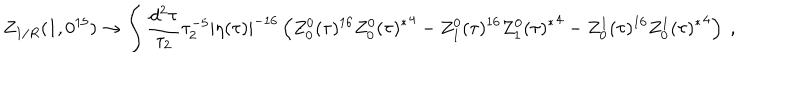
Z _ { 1 / R } ( 1 , 0 ^ { 1 5 } ) \to \int \frac { d ^ { 2 } \tau } { \tau _ { 2 } } \tau _ { 2 } ^ { - 5 } | \eta ( \tau ) | ^ { - 1 6 } \left( Z _ { 0 } ^ { 0 } ( \tau ) ^ { 1 6 } { Z _ { 0 } ^ { 0 } ( \tau ) ^ { * } } ^ { 4 } - Z _ { 1 } ^ { 0 } ( \tau ) ^ { 1 6 } { Z _ { 1 } ^ { 0 } ( \tau ) ^ { * } } ^ { 4 } - Z _ { 0 } ^ { 1 } ( \tau ) ^ { 1 6 } { Z _ { 0 } ^ { 1 } ( \tau ) ^ { * } } ^ { 4 } \right) \ ,